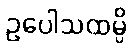
ဥပေါသထမ္ပိ